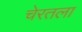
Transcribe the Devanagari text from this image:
चेरतला